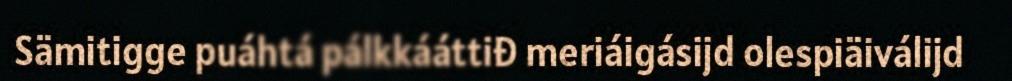
Sämitigge puáhtá pálkkááttiđ meriáigásijd olespiäiválijd